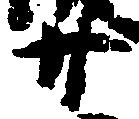
廿